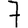
Digit: 7